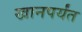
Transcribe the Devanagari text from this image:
खानपर्यंत